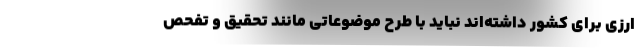
ارزی برای کشور داشته‌اند نباید با طرح موضوعاتی مانند تحقیق و تفحص